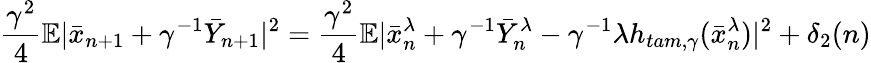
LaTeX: \frac{\gamma^{2}}{4}\mathbb{E}|\bar{x}_{n+1}+\gamma^{-1}\bar{Y}_{n+1}|^{2}=\frac{\gamma^{2}}{4}\mathbb{E}|\bar{x}_{n}^{\lambda}+\gamma^{-1}\bar{Y}_{n}^{\lambda}-\gamma^{-1}\lambda h_{tam,\gamma}(\bar{x}_{n}^{\lambda})|^{2}+\delta_{2}(n)